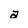
Character: a